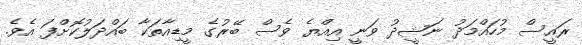
ރައީސް މުހައްމަދު ނަޝީދު ވަނީ އިއްޔެ ވެސް ބޭރުގެ މީޑިއާތަކާ ބައްދަލުކޮށްފަ އެވެ.